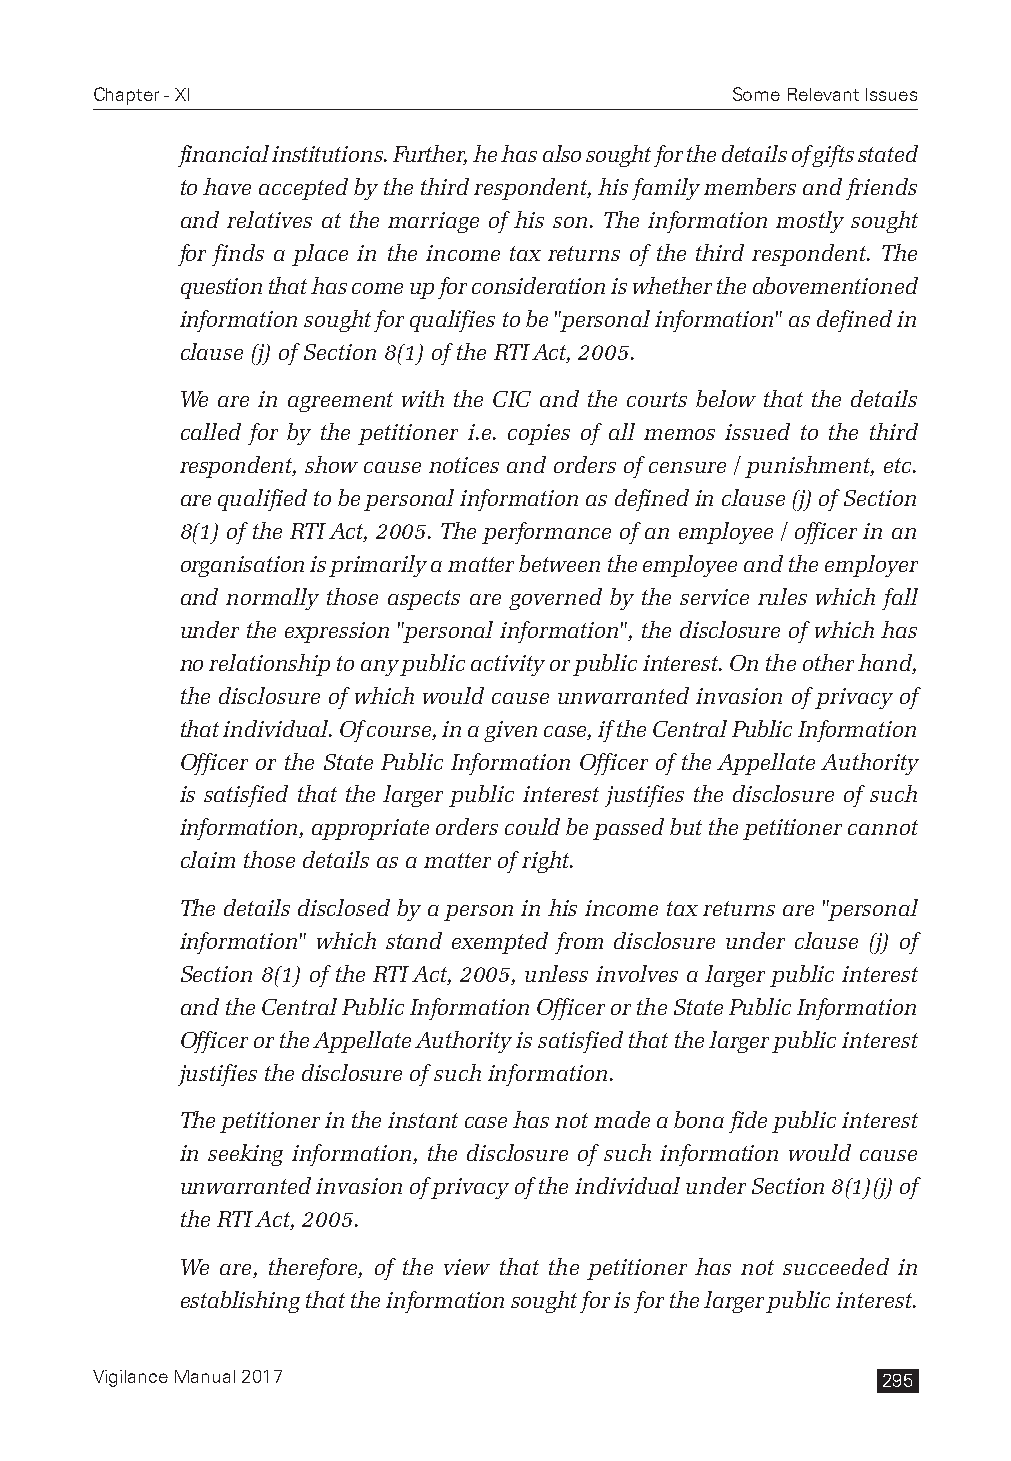
Chapter - XI                              Some Relevant Issues
 financial institutions. Further, he has also sought for the details of gifts stated
 to have accepted by the third respondent, his family members and friends
 and relatives at the marriage of his son. The information mostly sought
 for finds a place in the income tax returns of the third respondent. The
 question that has come up for consideration is whether the abovementioned
 information sought for qualifies to be "personal information" as defined in
 clause (j) of Section 8(1) of the RTI Act, 2005.
 We are in agreement with the CIC and the courts below that the details
 called for by the petitioner i.e. copies of all memos issued to the third
 respondent, show cause notices and orders of censure / punishment, etc.
 are qualified to be personal information as defined in clause (j) of Section
 8(1) of the RTI Act, 2005. The performance of an employee / officer in an
 organisation is primarily a matter between the employee and the employer
 and normally those aspects are governed by the service rules which fall
 under the expression "personal information", the disclosure of which has
 no relationship to any public activity or public interest. On the other hand,
 the disclosure of which would cause unwarranted invasion of privacy of
 that individual. Of course, in a given case, if the Central Public Information
 Officer or the State Public Information Officer of the Appellate Authority
 is satisfied that the larger public interest justifies the disclosure of such
 information, appropriate orders could be passed but the petitioner cannot
 claim those details as a matter of right.
 The details disclosed by a person in his income tax returns are "personal
 information" which stand exempted from disclosure under clause (j) of
 Section 8(1) of the RTI Act, 2005, unless involves a larger public interest
 and the Central Public Information Officer or the State Public Information
 Officer or the Appellate Authority is satisfied that the larger public interest
 justifies the disclosure of such information.
 The petitioner in the instant case has not made a bona fide public interest
 in seeking information, the disclosure of such information would cause
 unwarranted invasion of privacy of the individual under Section 8(1)(j) of
 the RTI Act, 2005.
 We are, therefore, of the view that the petitioner has not succeeded in
 establishing that the information sought for is for the larger public interest.
 Vigilance Manual 2017                               295